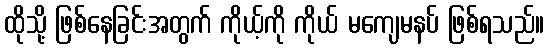
ထိုသို့ ဖြစ်နေခြင်းအတွက် ကိုယ့်ကို ကိုယ် မကျေမနပ် ဖြစ်ရသည်။